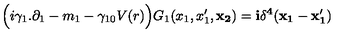
\Big ( i \gamma _ { 1 } . \partial _ { 1 } - m _ { 1 } - \gamma _ { 1 0 } V ( r ) \Big ) G _ { 1 } ( x _ { 1 } , x _ { 1 } ^ { \prime } , \bf { x } _ { 2 } ) = i \delta ^ { 4 } ( x _ { 1 } - x _ { 1 } ^ { \prime } )